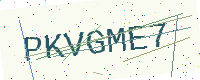
Text: PKVGME7